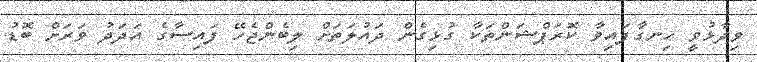
ވިދާޅުވީ ހިނގާފައިވާ ކޮރަޕްޝަންތަކާ ގުޅިގެން ދައުލަތަށް ލިބެންޖެހޭ ފައިސާގެ އަދަދު ވަރަށް ބޮޑު